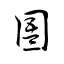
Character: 圄